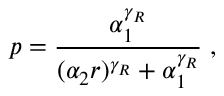
p = \frac { \alpha _ { 1 } ^ { \gamma _ { R } } } { ( \alpha _ { 2 } r ) ^ { \gamma _ { R } } + \alpha _ { 1 } ^ { \gamma _ { R } } } \; ,